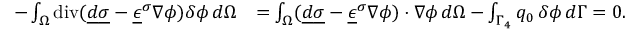
\begin{array} { r l } { - \int _ { \Omega } \operatorname { d i v } ( \underline { { d } } \underline { { \sigma } } - \underline { { \epsilon } } ^ { \sigma } \nabla \phi ) \delta \phi \, d \Omega } & { = \int _ { \Omega } ( \underline { { d } } \underline { { \sigma } } - \underline { { \epsilon } } ^ { \sigma } \nabla \phi ) \cdot \nabla \phi \, d \Omega - \int _ { \Gamma _ { 4 } } q _ { 0 } \, \delta \phi \, d \Gamma = 0 . } \end{array}